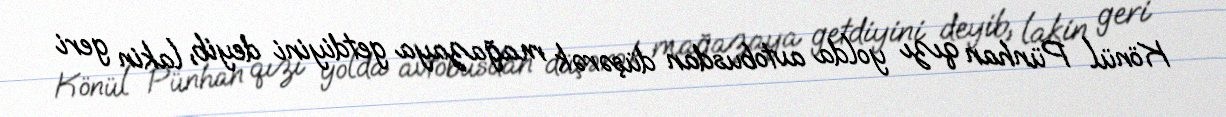
Könül Pünhan qızı yolda avtobusdan düşərək mağazaya getdiyini deyib, lakin geri